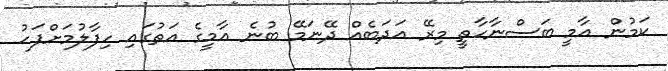
ކަމުން އާމީ ބަސްނާހާތީ މިރޭ އަދަބެއް ދޭނަމޭ ބުނެ އާމީގެ އަތުގައި ހިފާލުމަށްފަހު